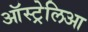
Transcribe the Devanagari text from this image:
ऑस्ट्रेलिआ